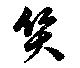
質